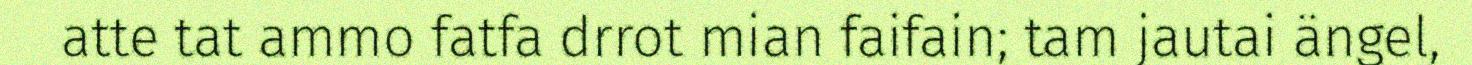
atte tat ammo fatfa drrot mian faifain; tam jautai ängel,